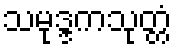
သမုဒ္ဒကသုတ္တံ